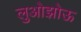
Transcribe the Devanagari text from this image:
लुओझोऊ